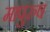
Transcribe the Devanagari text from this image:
मापुरुष